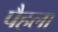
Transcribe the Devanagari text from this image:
पैहला